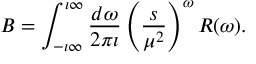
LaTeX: B = \int _ { - \imath \infty } ^ { \imath \infty } \frac { d \omega } { 2 \pi \imath } \left( \frac { s } { \mu ^ { 2 } } \right) ^ { \omega } R ( \omega ) .